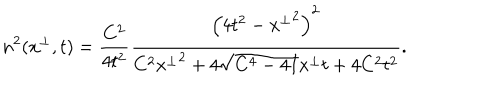
n ^ { 2 } ( x ^ { \perp } , t ) = \frac { C ^ { 2 } } { 4 t ^ { 2 } } \frac { \left( 4 t ^ { 2 } - { x ^ { \perp } } ^ { 2 } \right) ^ { 2 } } { C ^ { 2 } { x ^ { \perp } } ^ { 2 } + 4 \sqrt { C ^ { 4 } - 4 I } x ^ { \perp } t + 4 C ^ { 2 } t ^ { 2 } } .